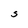
Character: S